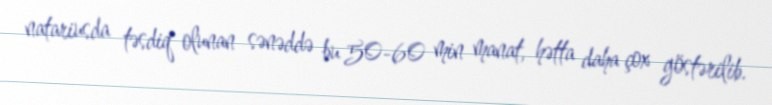
natariusda təsdiq olunan sənəddə bu 50-60 min manat, hətta daha çox göstərilib.